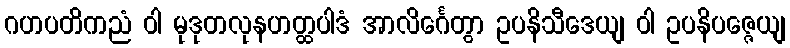
ဂဟပတိကညံ ဝါ မုဒုတလုနဟတ္ထပါဒံ အာလိင်္ဂေတွာ ဥပနိသီဒေယျ ဝါ ဥပနိပဇ္ဇေယျ